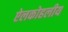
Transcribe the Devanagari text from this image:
ऐलकोहलीय